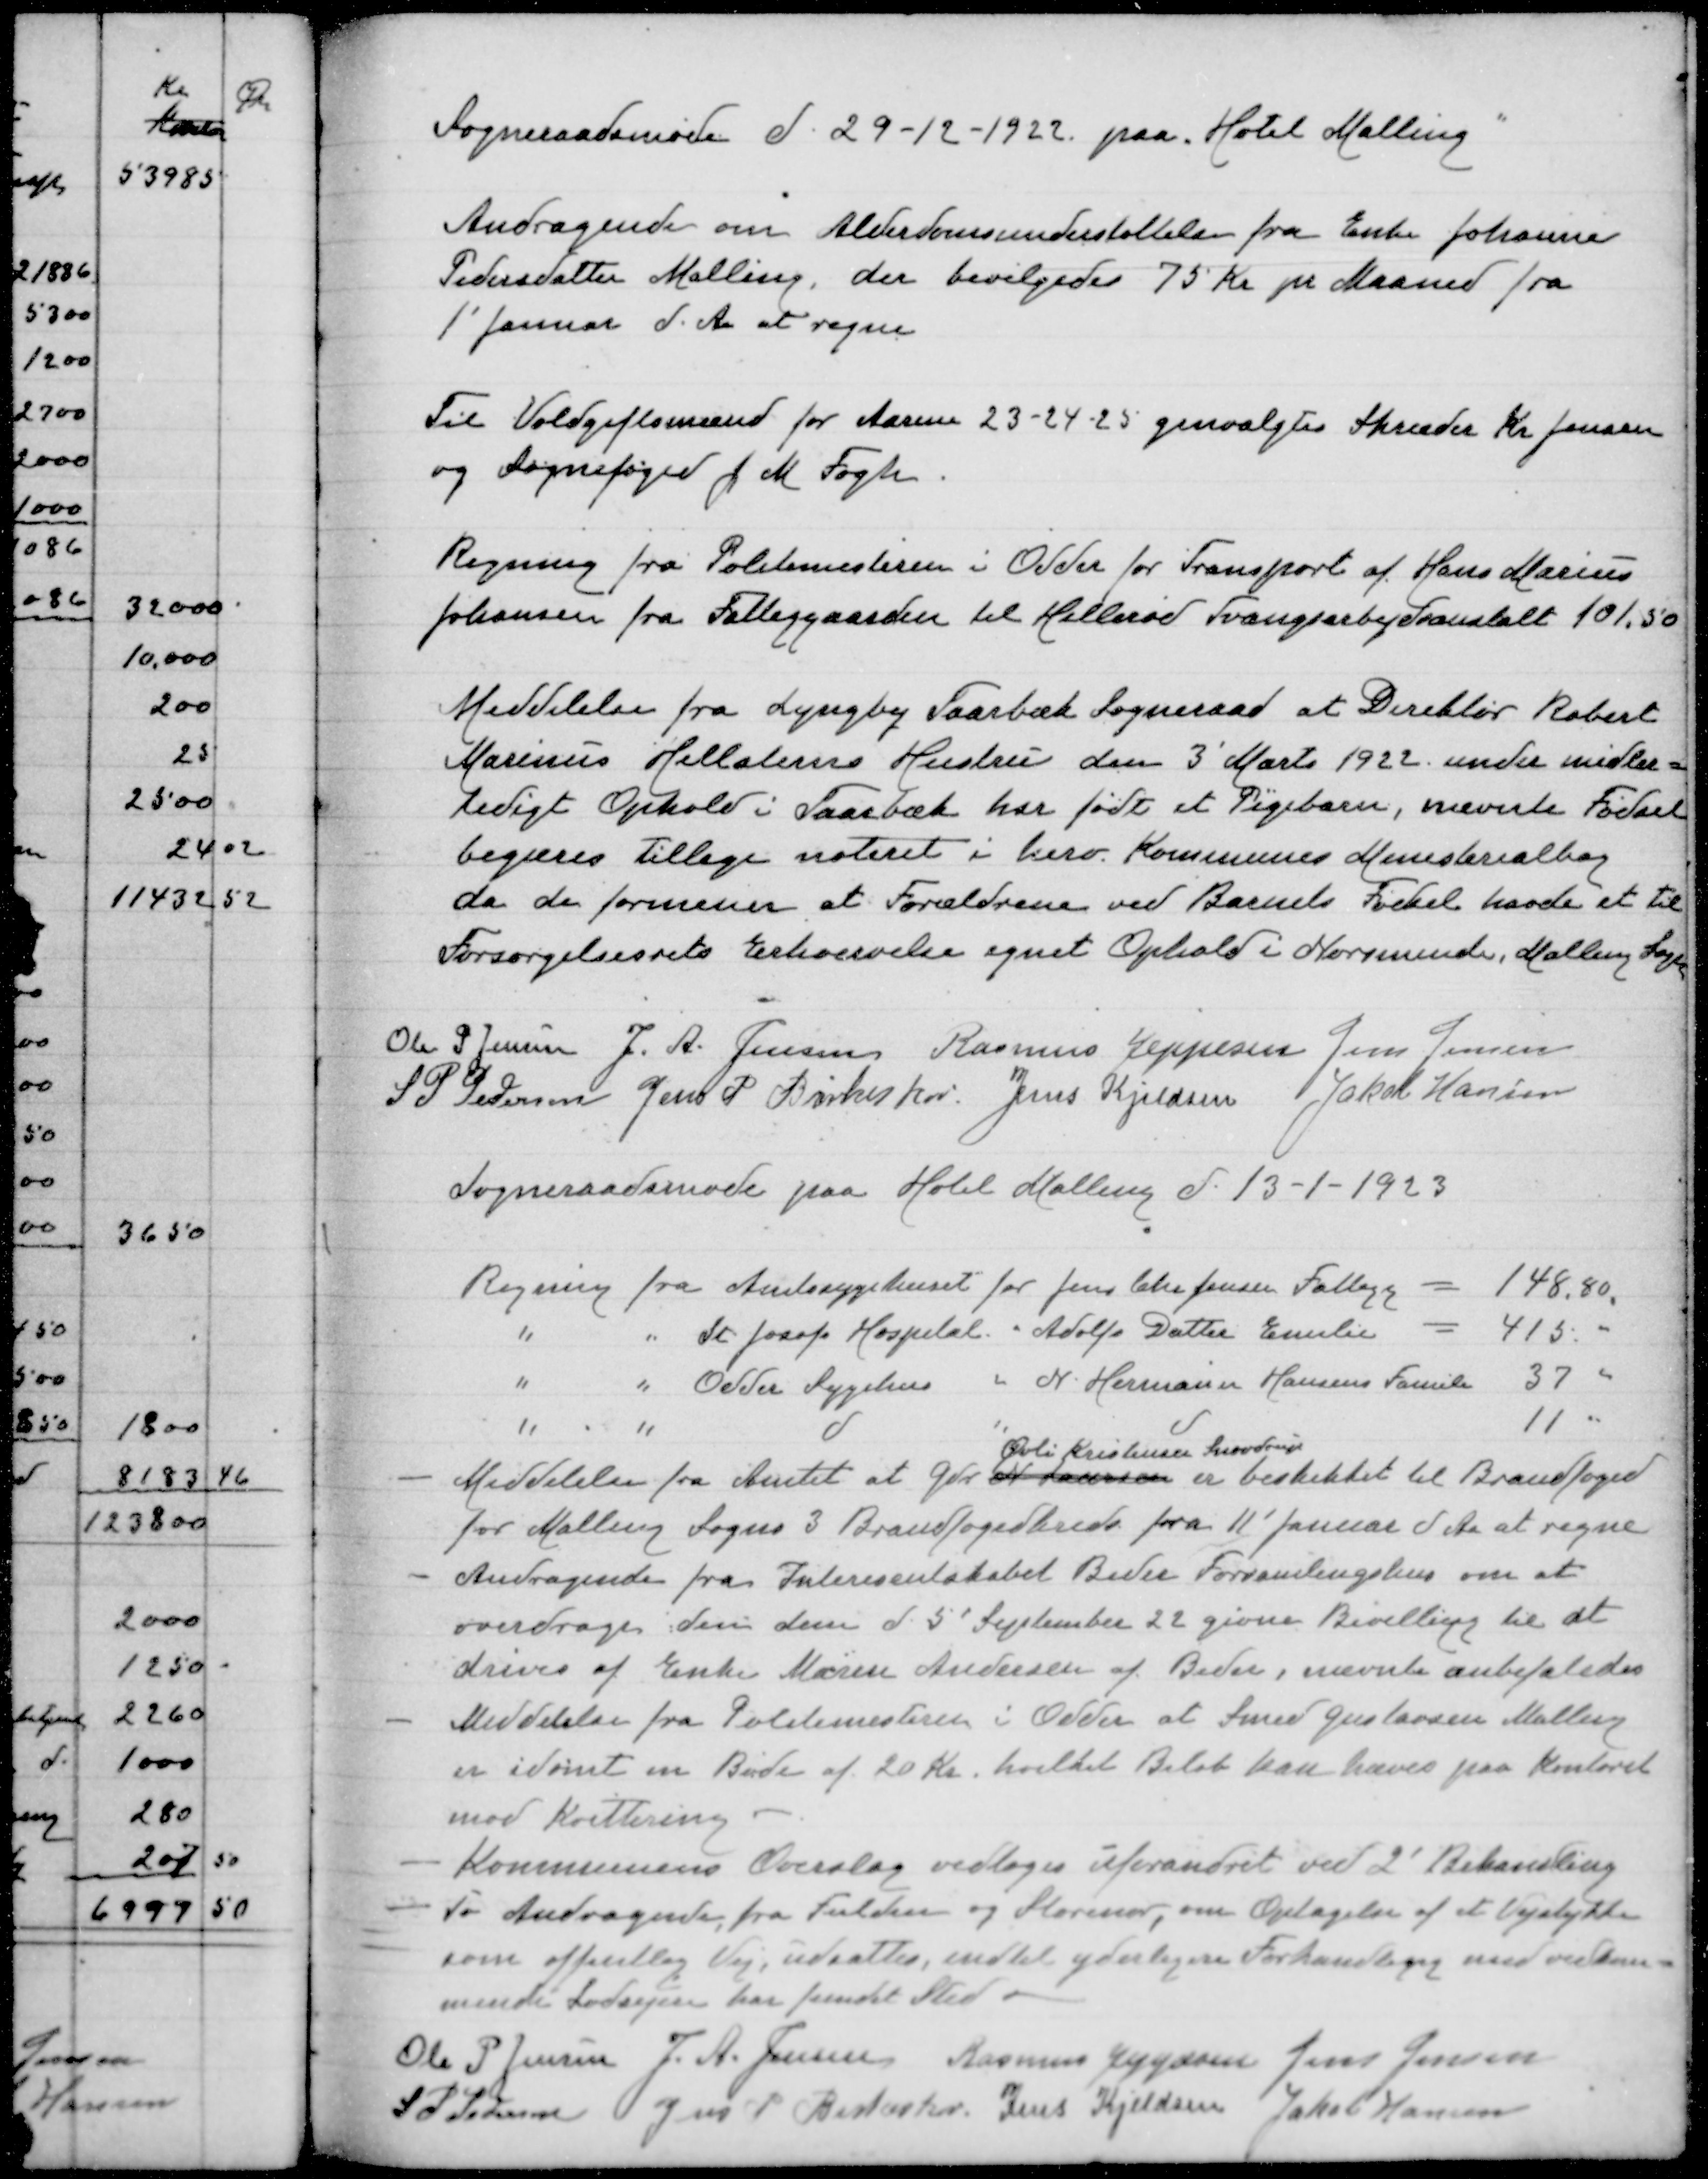
Transskription:
Sogneraadsmøde d 29-12-1922 paa "Hotel Malling"
Andragende om Alderdomsunderstøttelse fra Enke Johanne
Pedersdatter Malling, der bevilgedes 75 Kr pr Maaned fra
1' Januar d. A at regne
Til Voldgiftsmænd for Aarene 23-24-25 genvalgtes Skræder Kr Jensen
og Sognefoged J M Fogh
Regning fra Politimesteren i Odder for Transport af Hans Marius
Johansen fra Fattiggaarden til Hillerød Tvangsarbejdsanstalt 101.50
Meddelelse fra Lyngby Taarbæk Sogneraad at Direktør Robert
Marinus Helleterns Hustru den 3' Marts 1922 under midler=
tidigt Ophold i Taarbæk har født et Pigebarn, nævnte Fødsel
begæres tillige noteret i herv Kommunes Ministerialbog
da det formenes at Forældrene ved Barnets Fødsel havde et til
Forsørgelsesrets Erhvervelse egnet Ophold i Norsminde, Malling Sogn
Ole P Jensen
J A Jensen
Rasmus Jeppesen
Jens Jensen
S P Pedersen
Jens P Birkeskov
Jens Kjeldsen
Jakob Hansen
Sogneraadsøde paa Hotel Malling d 13-1-1923
Regning fra Amtssygehuset for Jens Chr Jensen Fallagg = 148,80
" " dr Josef Hospital " Adolfs Datter Emilie = 415.00
" " Odder Sygehus " N Hermann Hansens Familie 37.00
" " d " d 11.00
Øvli Kristensen Snovdrup
Meddelelse fra Amtet at Gdr er beskikket til Brandfoged
for Malling Sogns 3 Brandfogedkreds fra 11' Januar d A at regne
Andragende fra Interesentskabet Beder Forsamlingshus om at
overdrage den dem d 5' September 22 givne Bevilling til at
drives af Enke Maren Andersen af Beder, nævnte anbefaledes
Meddelelse fra Politimesteren i Odder at Smed Gustavsen Malling
er idømt en Bøde af 20 Kr hvilket Beløb kan hæves paa Kontoret
mod Kvittering
Kommunens Overslag vedtoges uforandret ved 2' Behandling
To Andragender fra Fulden og Storenor, om Optagelse af et Vejstykke0r
som offentlig Vej, udsættes, indtil yderligere Forhandling med vedkom
mende Lodsejere har fundet Sted
Ole P Jensen
J A Jensen
Rasmus Jeppesen
Jens Jensen
S P Pedersen
Jens P Birkeskov
Jens Kjeldsen
Jakob Hansen